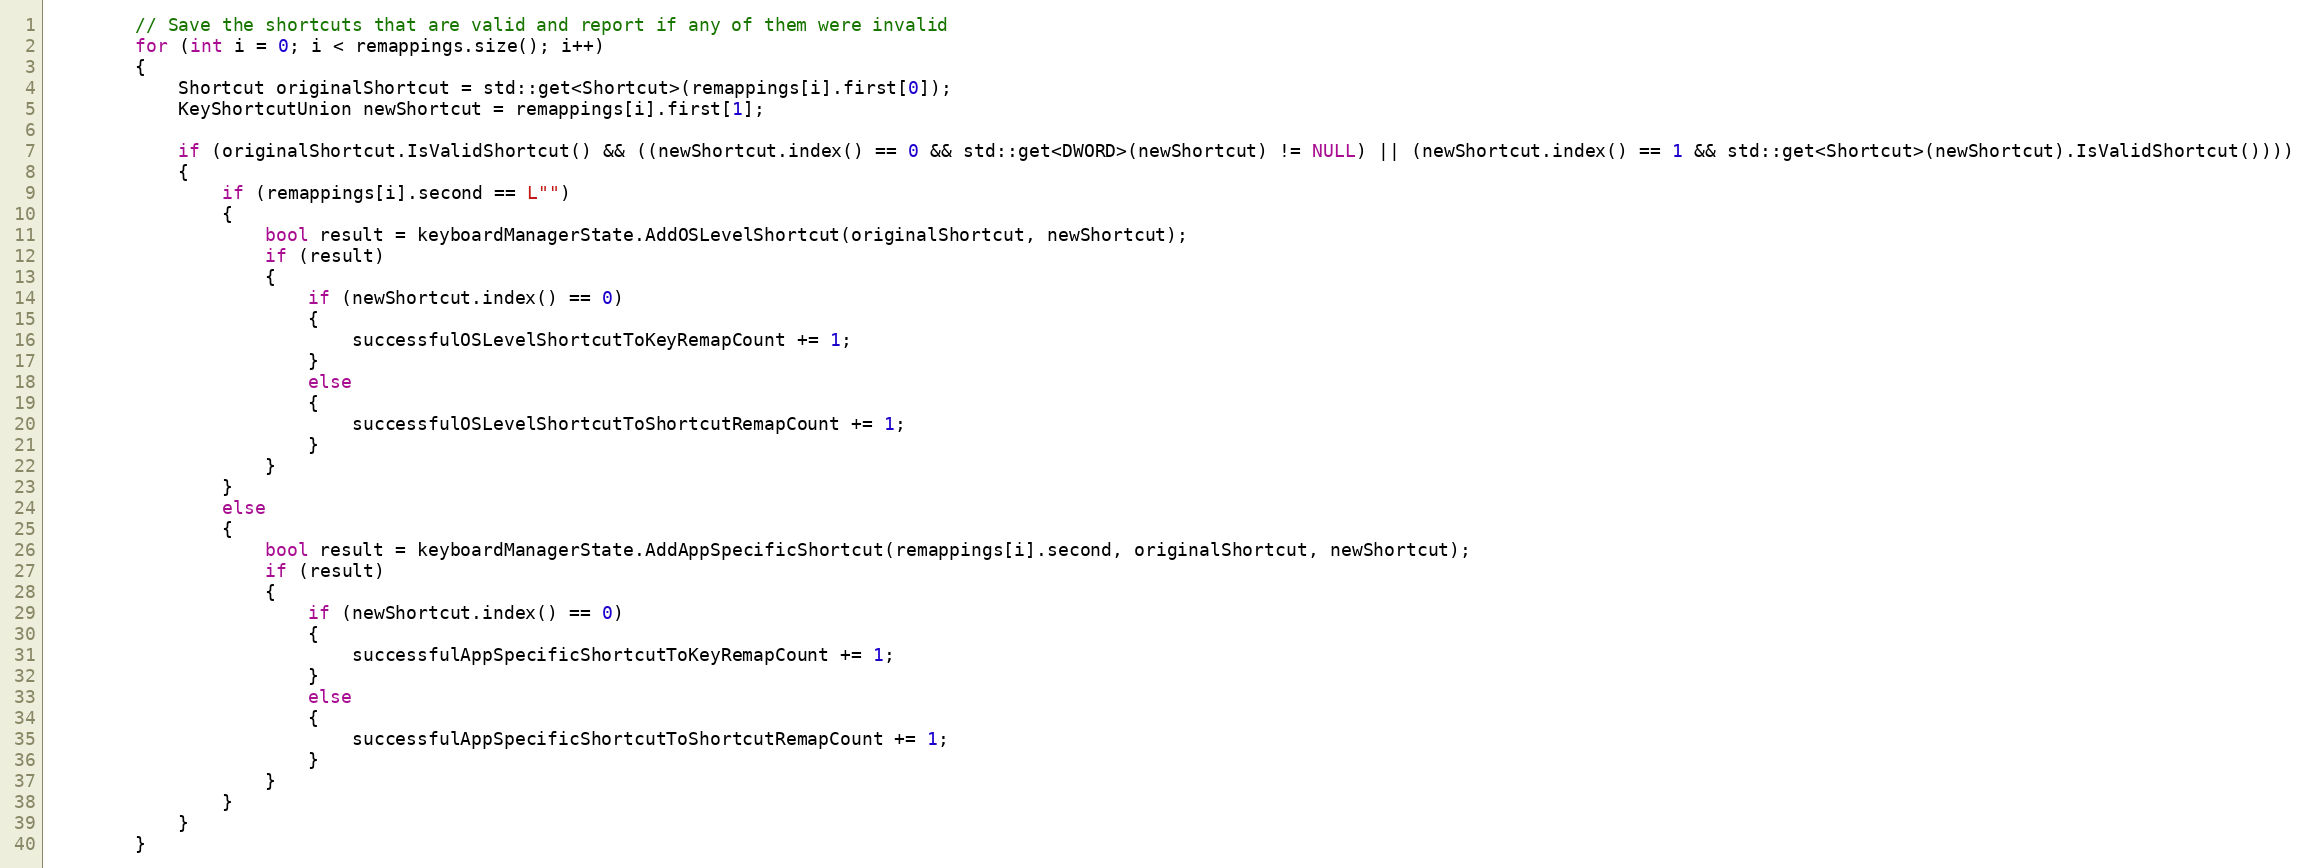
Language: C++
        // Save the shortcuts that are valid and report if any of them were invalid
        for (int i = 0; i < remappings.size(); i++)
        {
            Shortcut originalShortcut = std::get<Shortcut>(remappings[i].first[0]);
            KeyShortcutUnion newShortcut = remappings[i].first[1];

            if (originalShortcut.IsValidShortcut() && ((newShortcut.index() == 0 && std::get<DWORD>(newShortcut) != NULL) || (newShortcut.index() == 1 && std::get<Shortcut>(newShortcut).IsValidShortcut())))
            {
                if (remappings[i].second == L"")
                {
                    bool result = keyboardManagerState.AddOSLevelShortcut(originalShortcut, newShortcut);
                    if (result)
                    {
                        if (newShortcut.index() == 0)
                        {
                            successfulOSLevelShortcutToKeyRemapCount += 1;
                        }
                        else
                        {
                            successfulOSLevelShortcutToShortcutRemapCount += 1;
                        }
                    }
                }
                else
                {
                    bool result = keyboardManagerState.AddAppSpecificShortcut(remappings[i].second, originalShortcut, newShortcut);
                    if (result)
                    {
                        if (newShortcut.index() == 0)
                        {
                            successfulAppSpecificShortcutToKeyRemapCount += 1;
                        }
                        else
                        {
                            successfulAppSpecificShortcutToShortcutRemapCount += 1;
                        }
                    }
                }
            }
        }